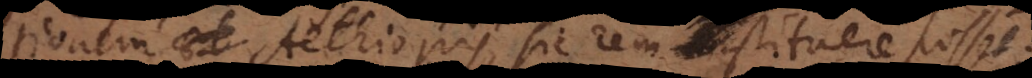
itionem Aethiopis, sic rem instituere posset: